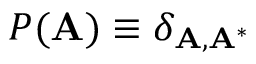
P ( \mathbf { A } ) \equiv \delta _ { \mathbf { A } , \mathbf { A } ^ { * } }